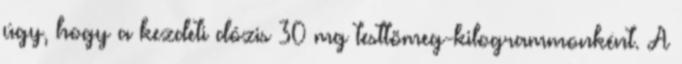
úgy, hogy a kezdeti dózis 30 mg testtömeg-kilogrammonként. A